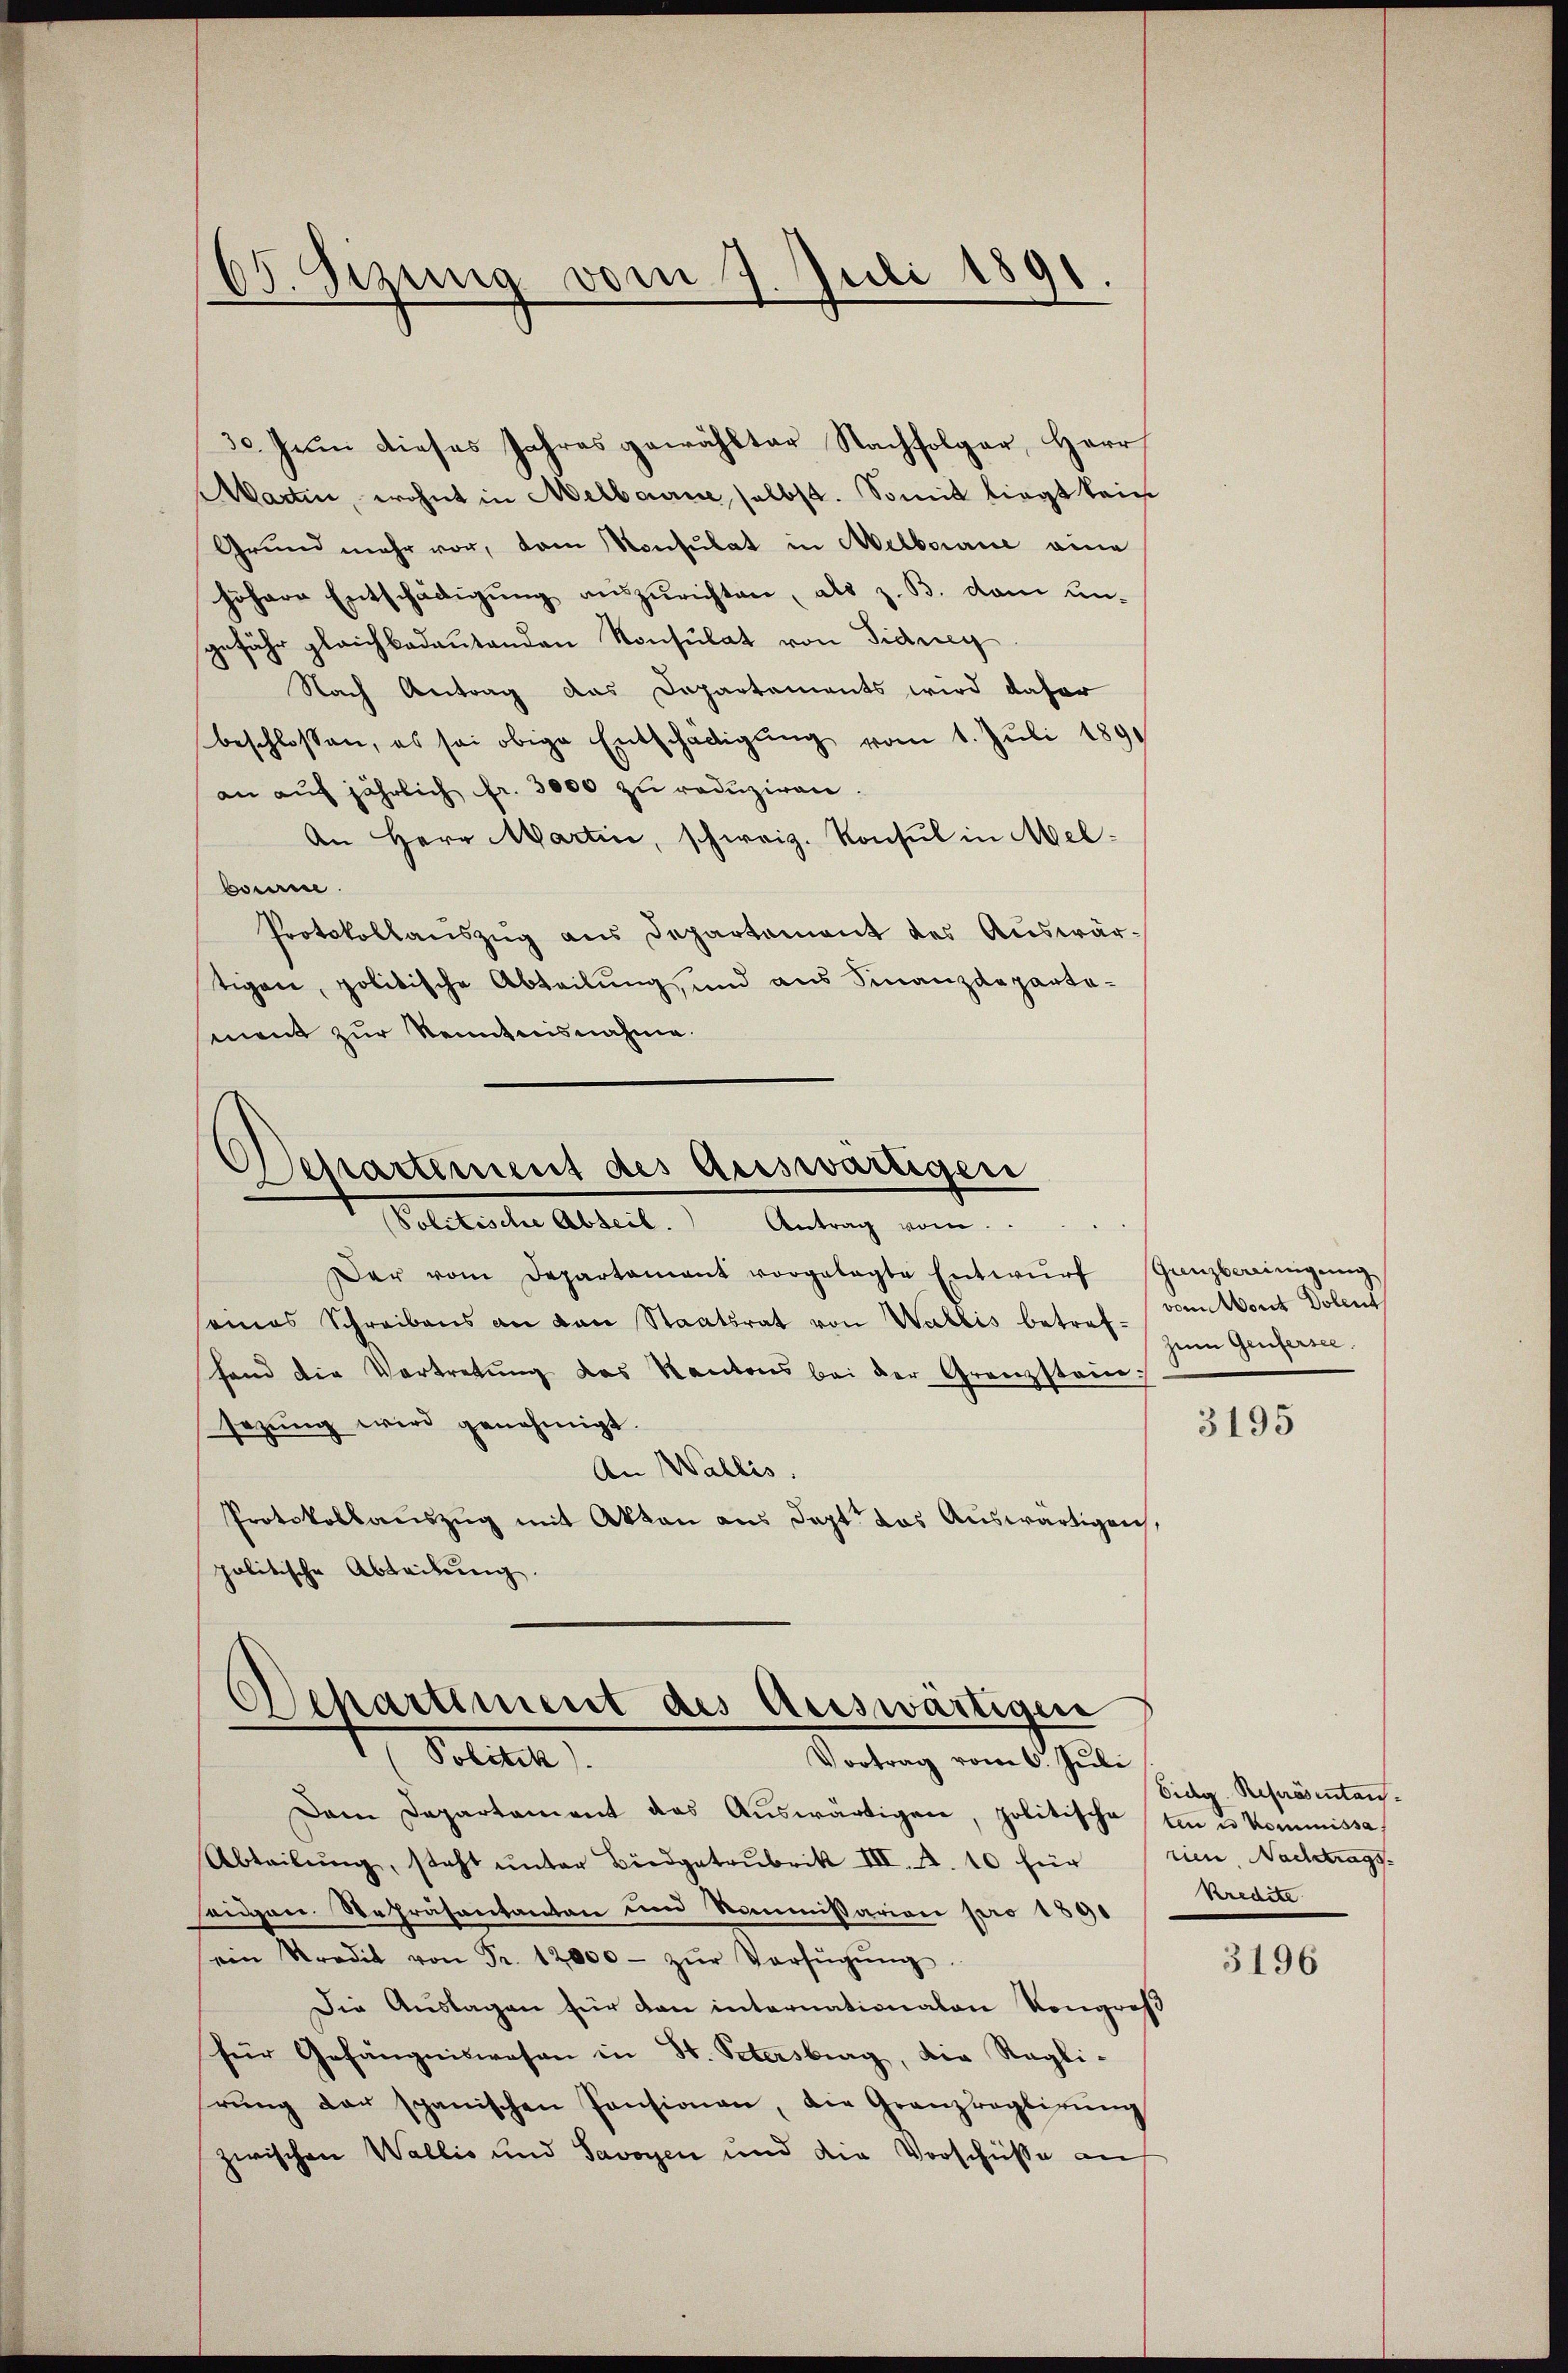
65. Sezung vom 7. Juli 1891
d

30. Juni dieses Jahres gewählter Nachfolger, Herr
Martin, wohnt in Melbaune selbst. Somit liegt kein
Grŭnd mehr vor, dam Konsulat in Melborne eine
höhere Entschädigung auszurichten, als z. B. dem un-
gefähr gleichbedeutenden Konsulat von Sidney
Nach Antrag das Departements wird daher
beschlossen, es sei obige Entschädigŭng vom 1. Jŭli 1891
an auf jährlich fr. 3000 zu reduziren.
An Herr Martin, schweiz. Konsul in Melbourne
Protokollauszug aus Departement des Auswärtigen, politische Abteilung, und aus Finanzdeparta-
ment zur Kenntnisnahme.

Departement des Auswärtigen
Politische Abteil.
Antrag vom

Schartiment des Auswärtigen
Dottet
Vortrag vom 6. Juli

Dar vom Departamant vorgelegte Entwŭrf Ganzbereinigŭng
seines Schreibens an den Staatsrat von Wallis betret zum Genferm
fand die Vertretŭng des Kantons bei der Grenzstein:
sezŭng wird genehmigt.
An Wallis.
Protokollauszug mit Akten aus dept das Auswärtigen,
politische Abteilung.

Dam Departament das Aŭswärtigen, politische tun u. Kommissa
Abteilŭng, steht ŭnter Biedgatrubrik III. A. 10 für rien, Nachtrags-
sengen Repräsentanton um Kommissariani pro 1890
ein Stradit von Fr. 12000. zŭr Verfŭgŭng.
Die Aŭslagen für dan internationalen Kongreß
für Gefängniswesen in St. Petersburg, die Ragli-
rŭng der spanischen Pensionen, die Granzvogtirŭng
zwischen Wallis und Savoyen und die Vorschüsse an

vom Mont Dolent

3195

Eidg. Repräsentan.
Kredite

3196